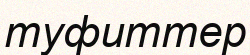
туфиттер